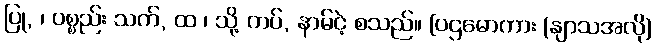
ပြု, ၊ ပစ္စည်း သက်, ထ ၊ သို့ ကပ်, နာမ်ငဲ့ စသည်။ [ပဌမောကား (နျာသအလို)